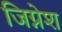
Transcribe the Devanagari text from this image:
जिग्नेश